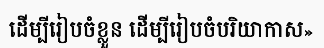
ដើម្បីរៀបចំខ្លួន ដើម្បីរៀបចំបរិយាកាស»